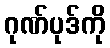
ဂုဏ်ပုဒ်ကို